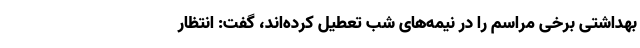
بهداشتی برخی مراسم را در نیمه‌های شب تعطیل کرده‌اند، گفت: انتظار